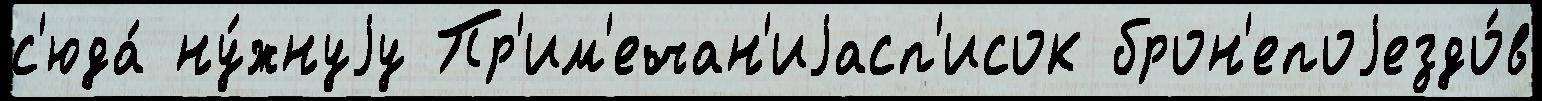
с'юда́ ну́жнуjу Пр'им'ечан'иjасп'исок брон'епоjездо́в